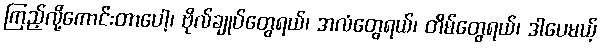
ကြည့်လို့ကောင်းတာပေါ့၊ ဗိုလ်ချုပ်တွေရယ်၊ အလံတွေရယ်၊ တိမ်တွေရယ်၊ ဒါပေမယ့်